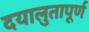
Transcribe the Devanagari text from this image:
दयालुतापूर्ण